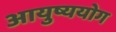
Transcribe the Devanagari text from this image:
आयुष्ययोग